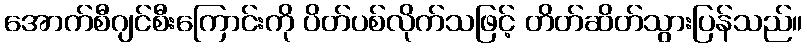
အောက်စီဂျင်စီးကြောင်းကို ပိတ်ပစ်လိုက်သဖြင့် တိတ်ဆိတ်သွားပြန်သည်။